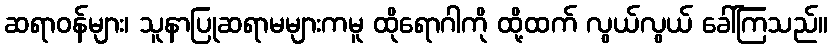
ဆရာဝန်များ၊ သူနာပြုဆရာမများကမူ ထိုရောဂါကို ထို့ထက် လွယ်လွယ် ခေါ်ကြသည်။